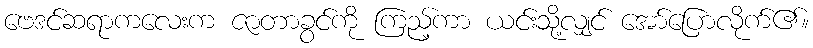
ဗေဒင်ဆရာကလေးက ဇာတာခွင်ကို ကြည့်ကာ ယင်းသို့လျှင် အော်ပြောလိုက်၏။